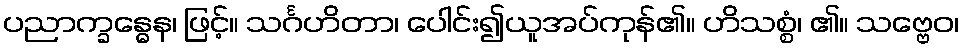
ပညာက္ခန္ဓေန၊ ဖြင့်။ သင်္ဂဟိတာ၊ ပေါင်း၍ယူအပ်ကုန်၏။ ဟိသစ္စံ၊ ၏။ သဗ္ဗေဝ၊